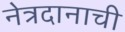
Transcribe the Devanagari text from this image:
नेत्रदानाची